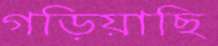
গড়িয়াছি